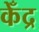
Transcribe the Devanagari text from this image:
केँद्र